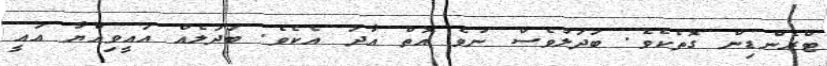
ޓްރެންޑިން ގޮތެކެވެ. ބަދަލުވެސް ނުވެ އޮތް އާދަ އެކެވެ. ބަދަލެއް އައީވިއްޔާ އައީ